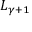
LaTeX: L _ { \gamma + 1 }